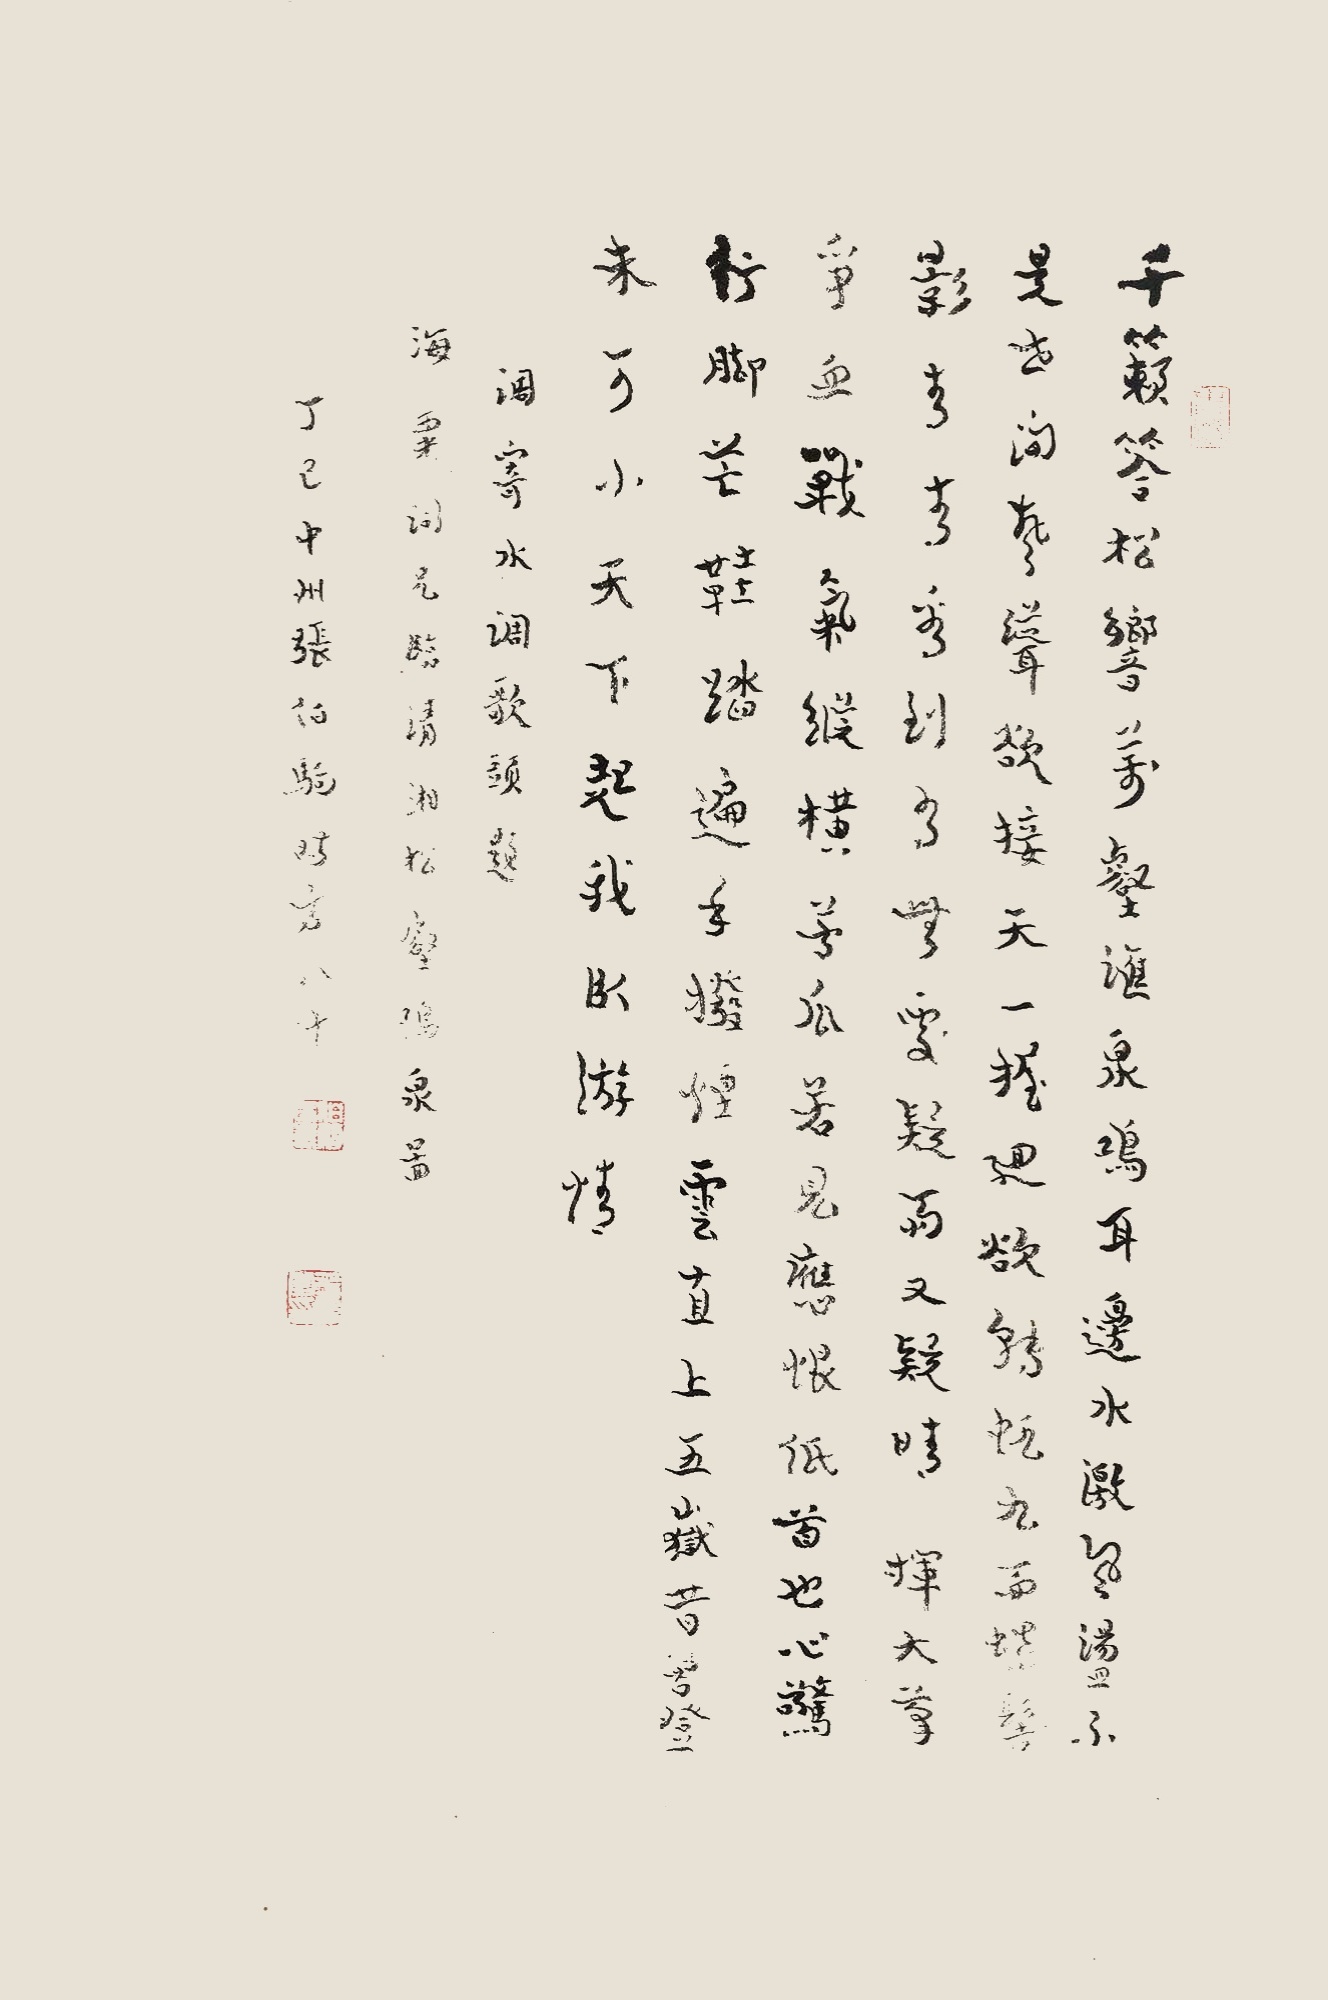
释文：千籁答松响，万壑汇泉鸣。耳边水激风荡，不是世间声。耸欲接天一握，回欲转帆九面。螺髻影青青，看到有无处,疑雨又疑晴。挥大笔，争血战，气纵横。苦瓜若见应恨，低首也心惊。行脚芒鞋踏遍，手拨烟云直上，五岳昔曾登。未可小天下，起我卧游情。调寄水调歌头，题海粟词兄临清湘松壑鸣泉图，丁巳中州张伯驹时方八十。